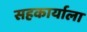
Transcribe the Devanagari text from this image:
सहकार्याला